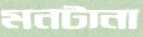
মনটানা